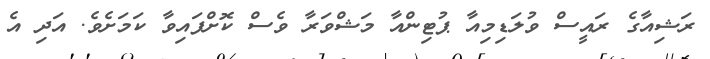
ރަޝިއާގެ ރައީސް ވުލަޑިމިއާ ޕުޓިންއާ މަޝްވަރާ ވެސް ކޮށްފައިވާ ކަމަށެވެ. އަދި އެ